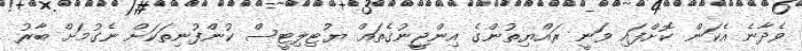
ވެދާނެ އެކަން ކޮށްފައި ވަނީ ރައްޔިތުންގެ އިންޖީނުގެތައް ޔުޓިލިޓީސް ކުންފުނިތަކަށް ނެގުމަށް ބާރު